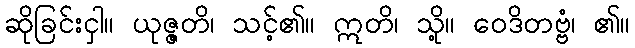
ဆိုခြင်းငှါ။ ယုဇ္ဇတိ၊ သင့်၏။ ဣတိ၊ သို့။ ဝေဒိတဗ္ဗံ၊ ၏။